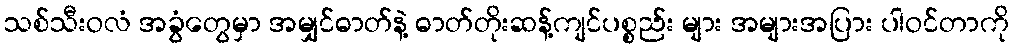
သစ်သီးဝလံ အခွံတွေမှာ အမျှင်ဓာတ်နဲ့ ဓာတ်တိုးဆန့်ကျင်ပစ္စည်း များ အများအပြား ပါဝင်တာကို